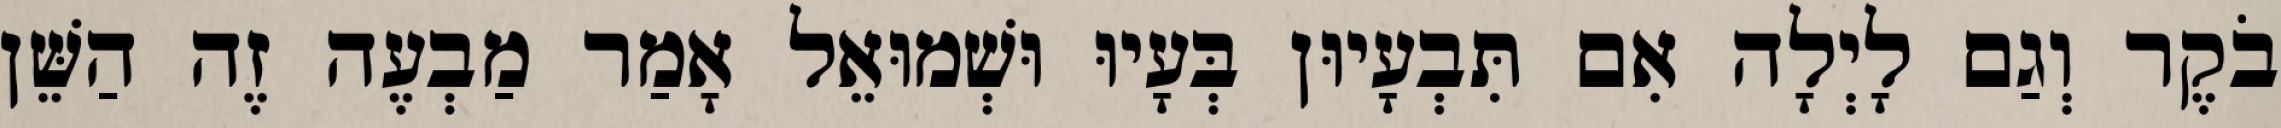
בֹקֶר וְגַם לָיְלָה אִם תִּבְעָיוּן בְּעָיוּ וּשְׁמוּאֵל אָמַר מַבְעֶה זֶה הַשֵּׁן